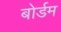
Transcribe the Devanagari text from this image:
बोर्डम